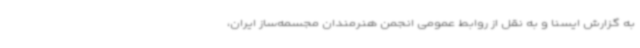
به گزارش ایسنا و به نقل از روابط عمومی انجمن هنرمندان مجسمه‌ساز ایران،